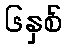
၆နှစ်